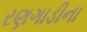
રણગાડીના